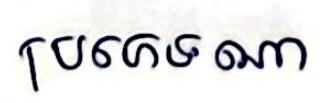
ប្រភេទ ណា